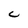
Character: C